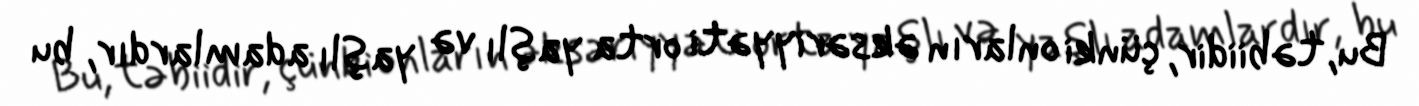
Bu, təbiidir, çünki onların əksəriyyəti orta yaşlı və yaşlı adamlardır, bu